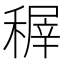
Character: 稺